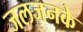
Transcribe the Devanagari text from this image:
जलजनके